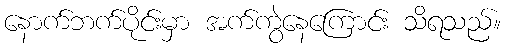
နောက်ဘက်ပိုင်းမှာ အက်ကွဲနေကြောင်း သိရသည်။